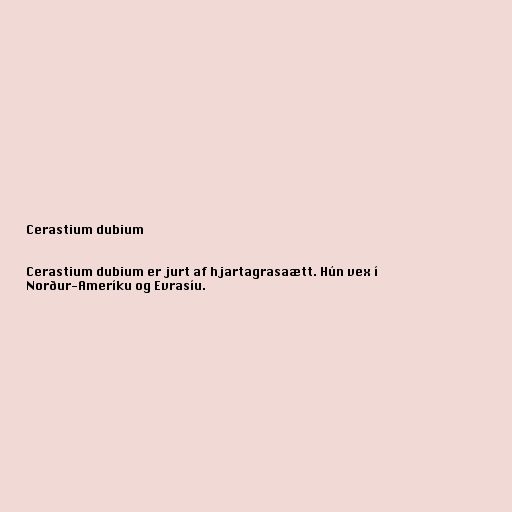
Cerastium dubium

Cerastium dubium er jurt af hjartagrasaætt. Hún vex í
Norður-Ameríku og Evrasíu.